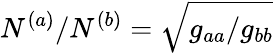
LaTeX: N^{(a)}/N^{(b)}=\sqrt{g_{aa}/g_{bb}}